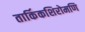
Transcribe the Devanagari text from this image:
तार्किकशिरोमणि